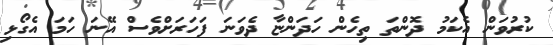
ކުރުވަން އެކަމު ދޮންތަ ތިހެން ހަދަންޏާ ދެވަނަ ފަހަރަށްވެސް އޭނަ ހަމަ އެގޯޅި